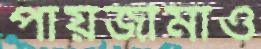
পায়জামাও